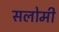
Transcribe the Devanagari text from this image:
सलोमी